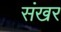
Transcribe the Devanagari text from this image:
संखर